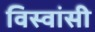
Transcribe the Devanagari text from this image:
विस्‍वांसी